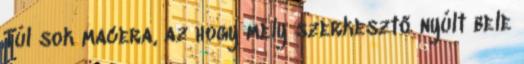
Túl sok macera, az hogy mely szerkesztő nyúlt bele